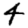
Digit: 4